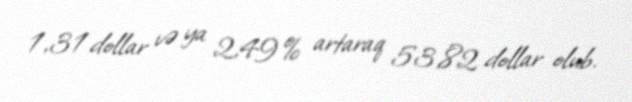
1,31 dollar və ya 2,49% artaraq 53,82 dollar olub.